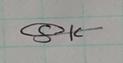
Signature authenticity: genuine